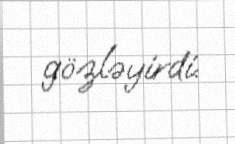
gözləyirdi.